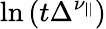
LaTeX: \ln{(t\Delta^{\nu_{||}})}